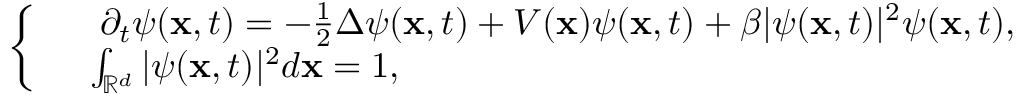
\left\{ \begin{array} { r l } & { \mathrm { \i } \partial _ { t } \psi ( \mathbf { x } , t ) = - \frac { 1 } { 2 } \Delta \psi ( \mathbf { x } , t ) + V ( \mathbf { x } ) \psi ( \mathbf { x } , t ) + \beta | \psi ( \mathbf { x } , t ) | ^ { 2 } \psi ( \mathbf { x } , t ) , } \\ & { \int _ { \mathbb { R } ^ { d } } | \psi ( \mathbf { x } , t ) | ^ { 2 } d \mathbf { x } = 1 , } \end{array} \right.